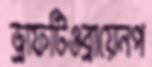
ড্রাফটিওব্রায়েনপ